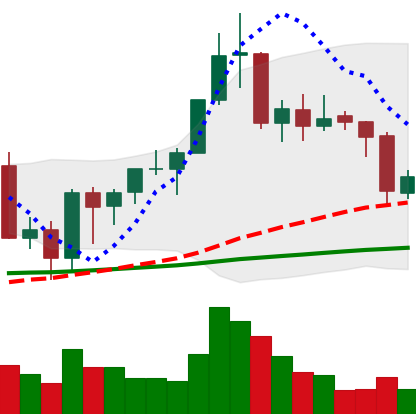
Ticker: BNB-USD
Chart end date: 2020-09-22
Forward return: 8.707%
Label: up_7plus